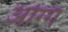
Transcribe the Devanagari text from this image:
ओग्ग